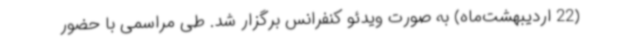
(22 اردیبهشت‌ماه) به صورت ویدئو کنفرانس برگزار شد. طی مراسمی با حضور